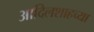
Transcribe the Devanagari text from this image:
आदिलशाहच्या